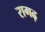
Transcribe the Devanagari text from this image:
रागढ़